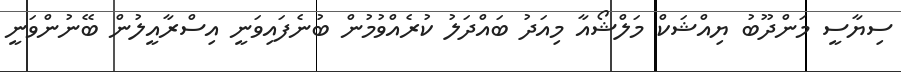
ސިޔާސީ މަންދޫބު ޔިއްޝަކް މަލްޝޯއާ މިއަދު ބައްދަލު ކުރެއްވުމުން ބުނެފައިވަނީ އިސްރާއީލުން ބޭނުންވަނީ